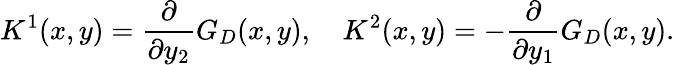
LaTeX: K^{1}(x,y)=\frac{\partial}{\partial y_{2}}G_{D}(x,y),\quad K^{2}(x,y)=-\frac{\partial}{\partial y_{1}}G_{D}(x,y).